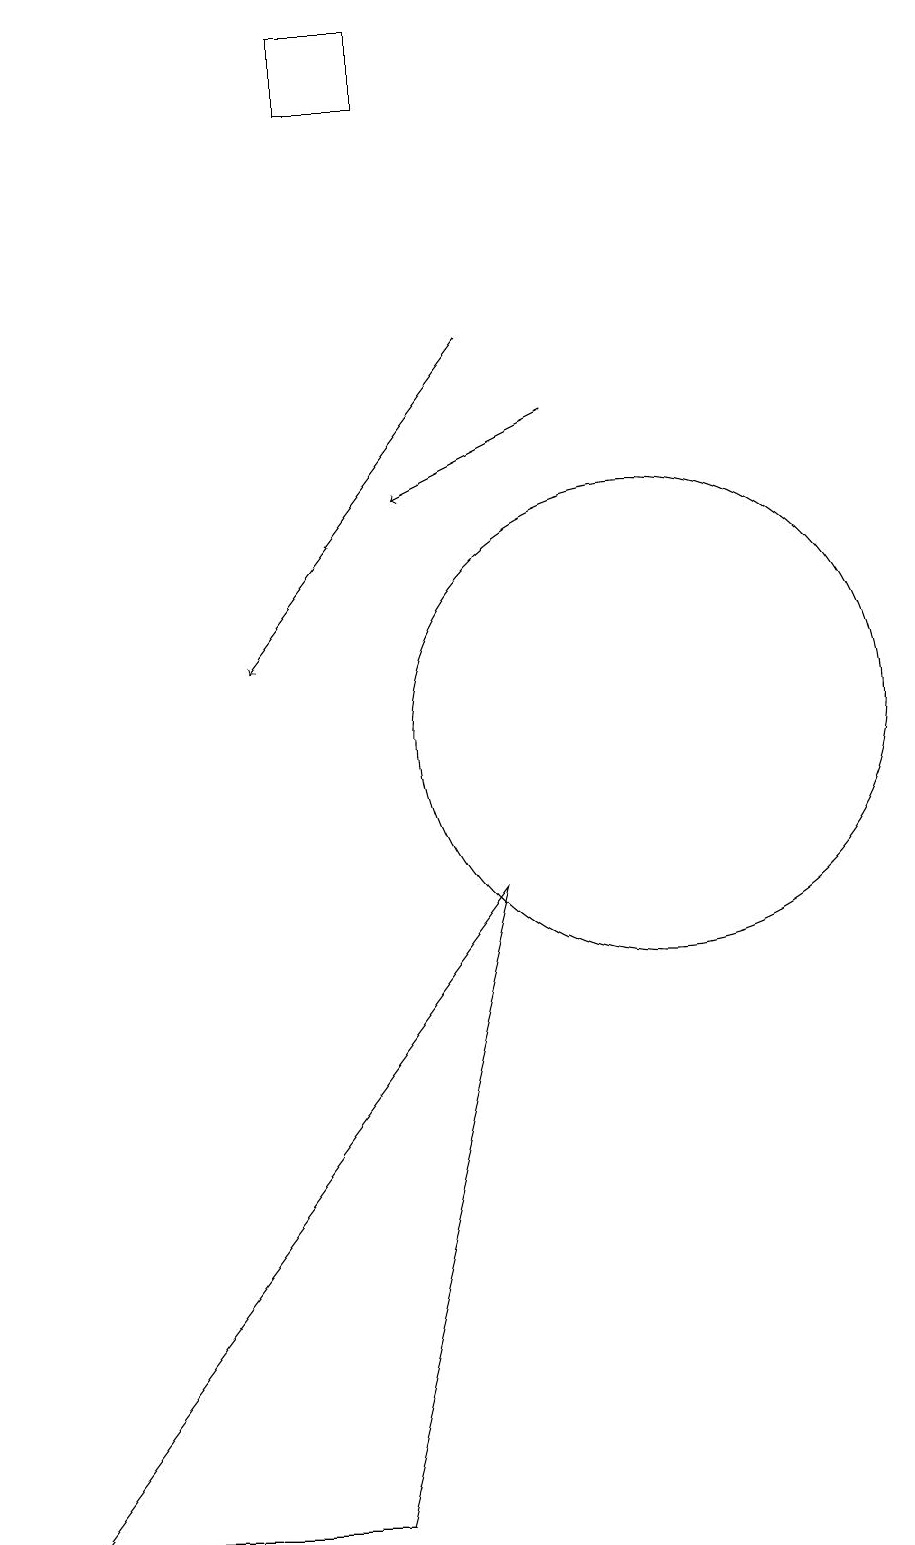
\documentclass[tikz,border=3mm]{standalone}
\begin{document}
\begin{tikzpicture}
\draw (10,10) circle (3);
\draw[->] (9,14) -- (7,13);
\draw (7,18) rectangle (6,19);
\draw (8,8) -- (6,0) -- (2,0) -- cycle;
\draw[->] (8,15) -- (5,11);
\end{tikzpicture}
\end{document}